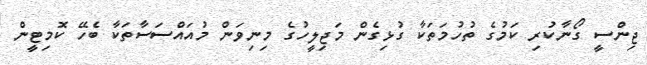
ޖިންސީ ގޯނާކުރި ކަމުގެ ތުހުމަތަކާ ގުޅިގެން މަޖިލީހުގެ މިނިވަން މުއައްސަސާތަކާ ބެހޭ ކޮމިޓީން